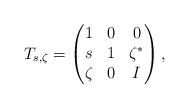
LaTeX: \begin{align*} T_{s, \zeta}=\begin{pmatrix} 1 & 0 & 0 \\ s & 1 & {\zeta}^{\ast} \\ \zeta & 0 & I \end{pmatrix}, \end{align*}